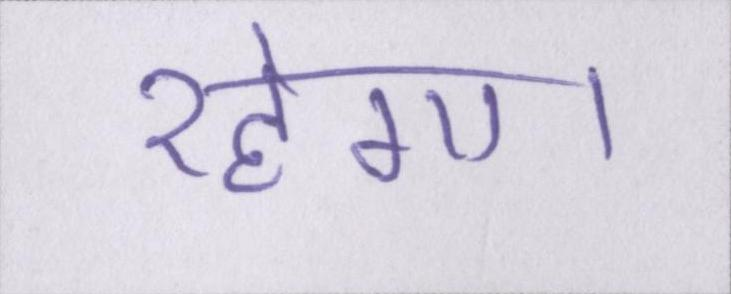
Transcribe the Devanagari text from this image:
रहेगा।